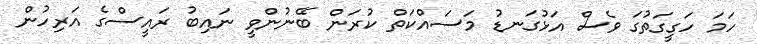
ހަމަ ހަގީގަތުގަ ވެސް އަޅުގަނޑު މަސައްކަތް ކުރަން ބޭނުންވީ ނައިބު ރައީސްގެ އަރިހުން